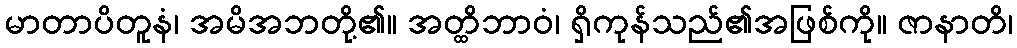
မာတာပိတူနံ၊ အမိအဘတို့၏။ အတ္ထိဘာဝံ၊ ရှိကုန်သည်၏အဖြစ်ကို။ ဇာနာတိ၊